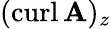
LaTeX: (\operatorname{curl}\mathbf{A})_{z}